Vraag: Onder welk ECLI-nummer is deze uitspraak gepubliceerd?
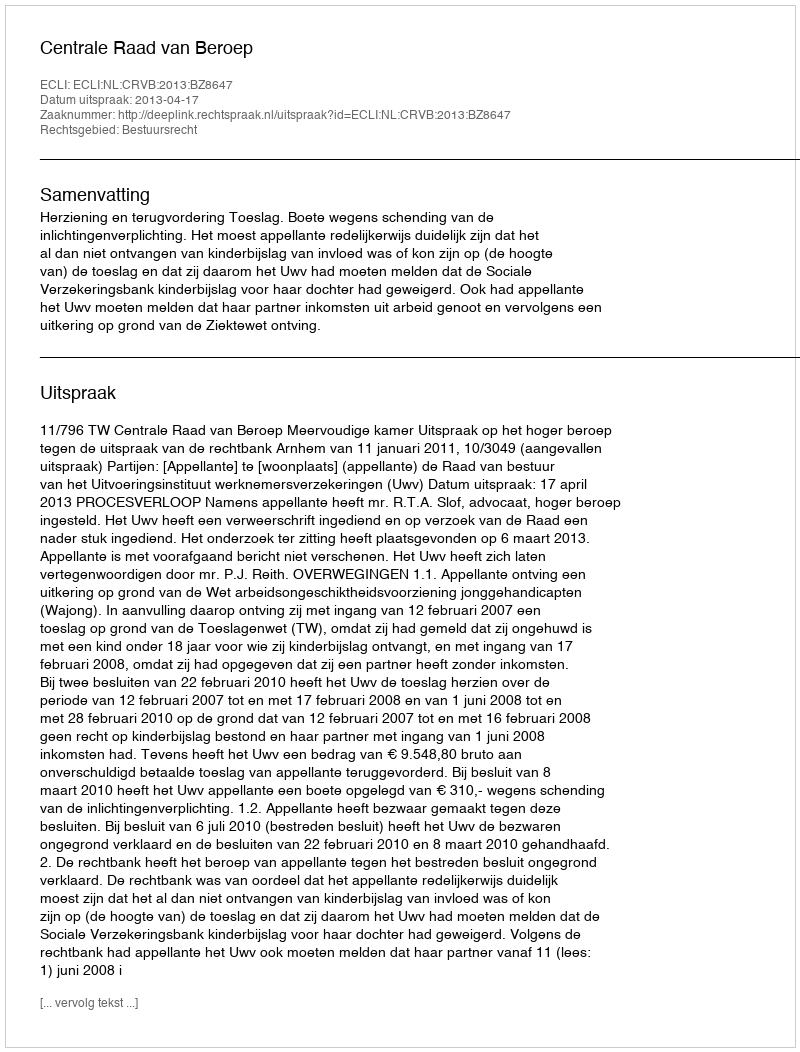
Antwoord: ECLI:NL:CRVB:2013:BZ8647